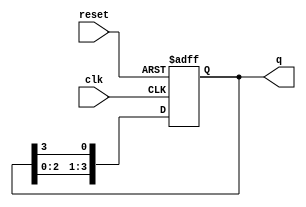
module ring_counter #(
    parameter N = 4  // Number of flip-flops
)(
    input wire clk,       // Clock signal
    input wire reset,     // Asynchronous reset
    output reg [N-1:0] q // Output state of the ring counter
);

// Initial state
initial begin
    q = 1'b1; // Set the first flip-flop to '1' and others to '0'
end

// Always block for the ring counter operation
always @(posedge clk or posedge reset) begin
    if (reset) begin
        q <= 1'b1; // Reset to initial state
    end else begin
        // Shift the '1' to the left
        q <= {q[N-2:0], q[N-1]}; // Shift left and wrap around
    end
end

endmodule